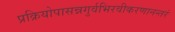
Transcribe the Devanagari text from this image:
प्रक्रियोपासन्नगुर्वभिरवीकरणानन्तरं